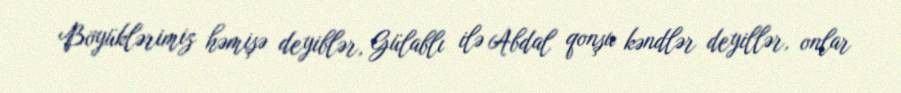
Böyüklərimiz həmişə deyiblər, Gülablı ilə Abdal qonşu kəndlər deyillər, onlar